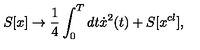
S [ x ] \to \frac { 1 } { 4 } \int _ { 0 } ^ { T } { d t \dot { x } ^ { 2 } } ( t ) + S [ x ^ { c l } ] ,